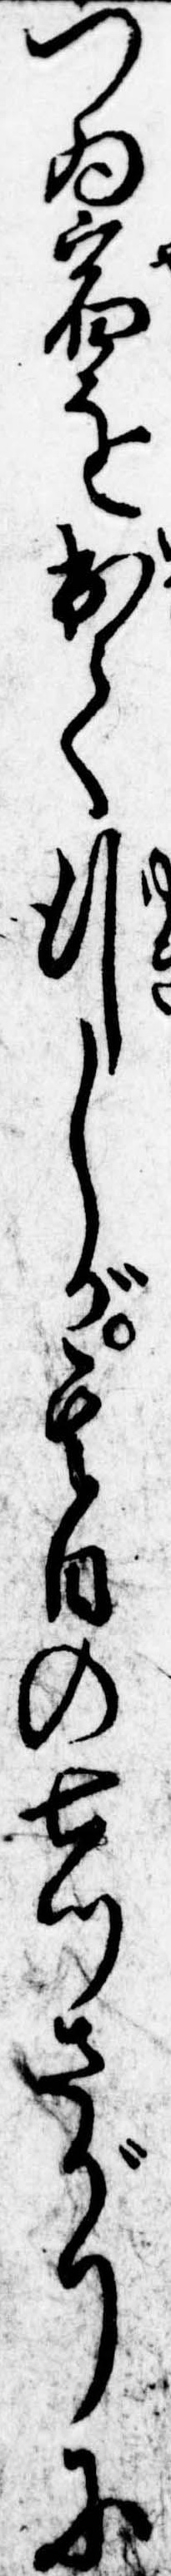
つゐ宿を出て行しが其日の七つさがりに